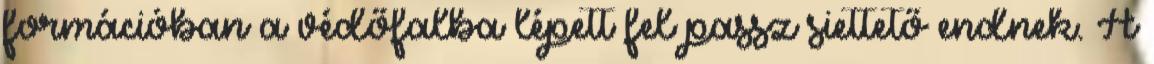
formációban a védőfalba lépett fel passz siettető endnek. A